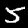
Label: 5